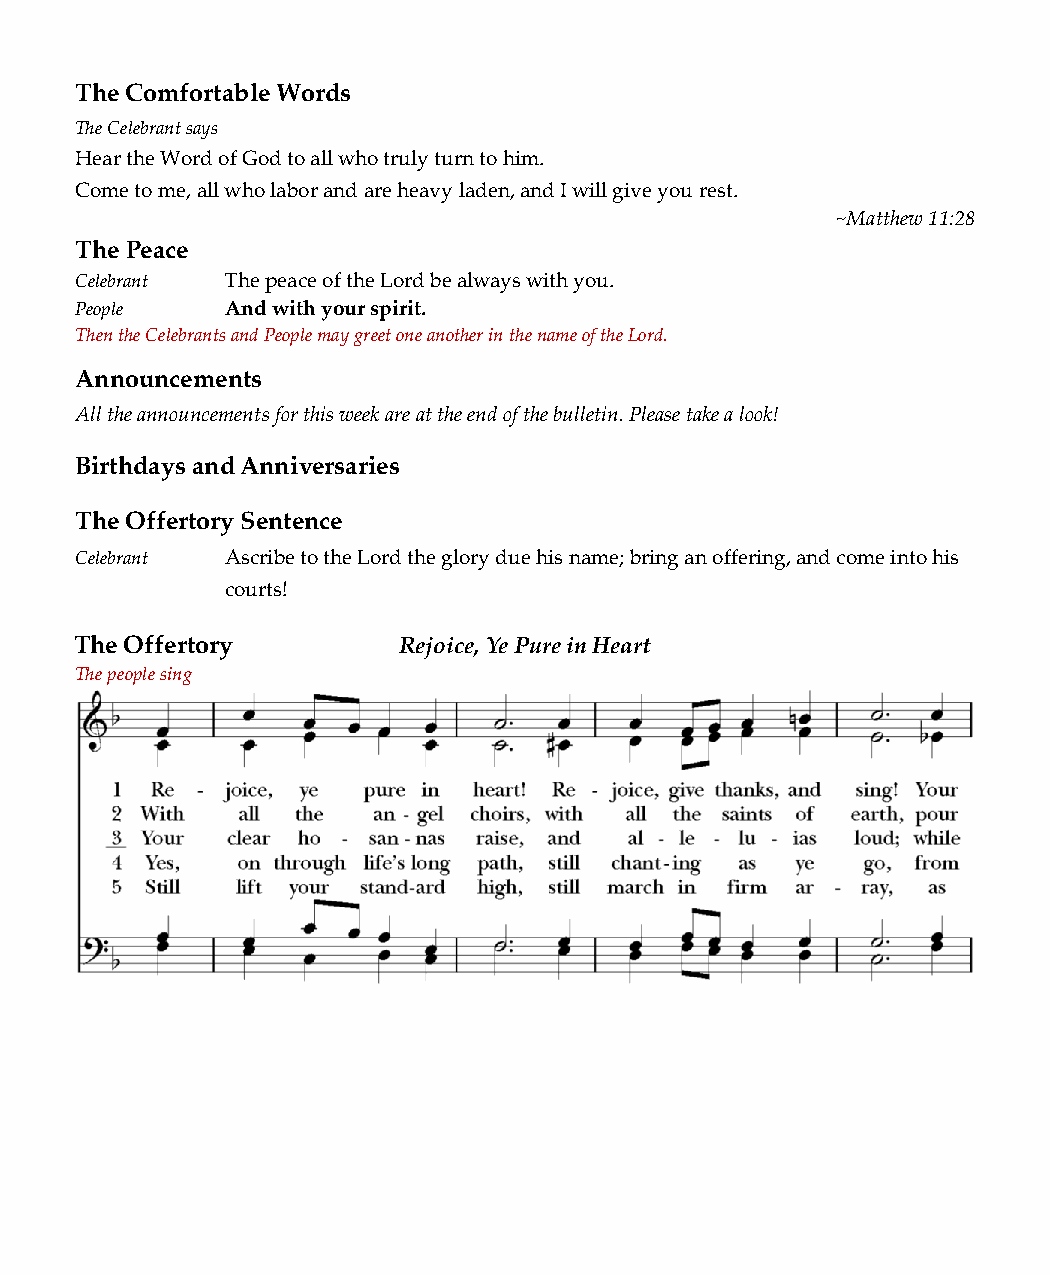
The Comfortable Words
 The Celebrant says
 Hear the Word of God to all who truly turn to him.
 Come to me, all who labor and are heavy laden, and I will give you rest.
 ~Matthew 11:28
 The Peace
 Celebrant The peace of the Lord be always with you.
 People    And with your spirit.
 Then the Celebrants and People may greet one another in the name of the Lord.
 Announcements
 All the announcements for this week are at the end of the bulletin. Please take a look!
 Birthdays and Anniversaries
 The Offertory Sentence
 Celebrant Ascribe to the Lord the glory due his name; bring an offering, and come into his
 courts!
 The Offertory        Rejoice, Ye Pure in Heart
 The people sing